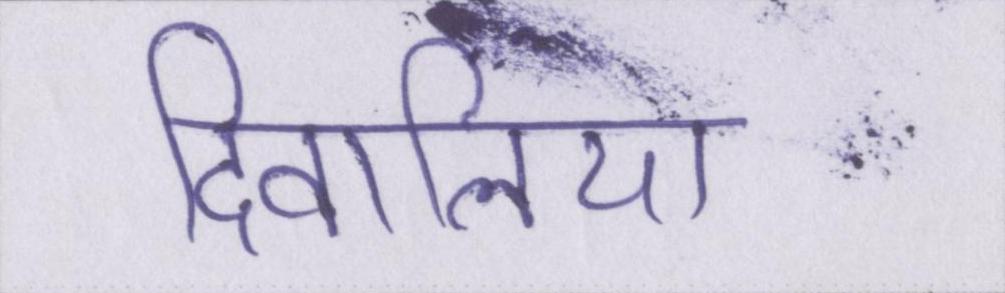
दिवालिया